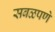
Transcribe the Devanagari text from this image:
सबळपणे